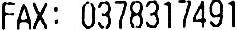
FAX: 0378317491